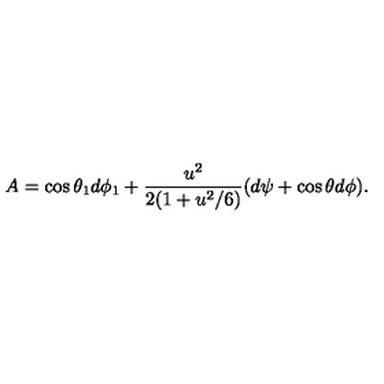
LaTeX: A = \cos { \theta _ { 1 } } d \phi _ { 1 } + { \frac { u ^ { 2 } } { 2 ( 1 + u ^ { 2 } / 6 ) } } ( d \psi + \cos \theta d \phi ) .